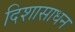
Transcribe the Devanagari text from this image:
दिशासाधन